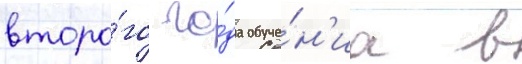
второ́го го́да обуче́н'иа в